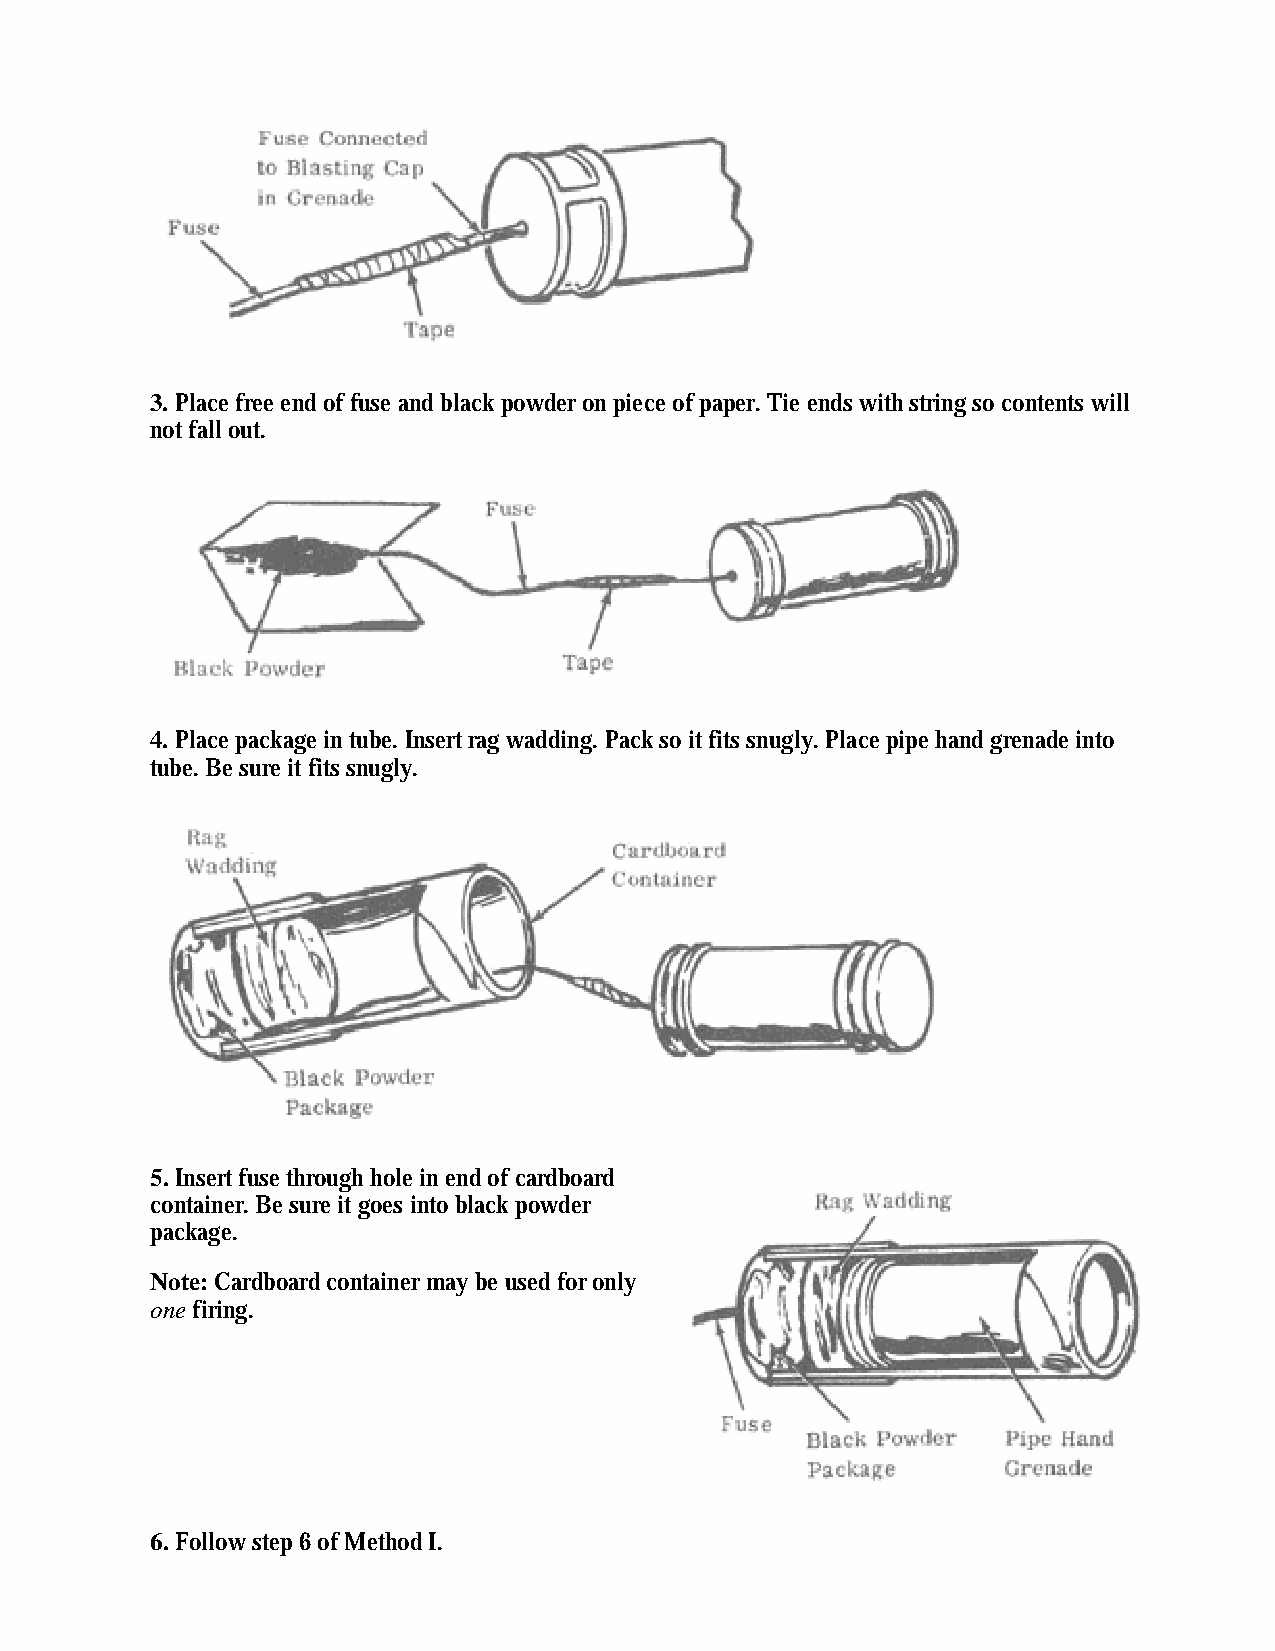
3. Place free end of fuse and black powder on piece of paper. Tie ends with string so contents will
 not fall out.
 4. Place package in tube. Insert rag wadding. Pack so it fits snugly. Place pipe hand grenade into
 tube. Be sure it fits snugly.
 5. Insert fuse through hole in end of cardboard
 container. Be sure it goes into black powder
 package.
 Note: Cardboard container may be used for only
 one firing.
 6. Follow step 6 of Method I.